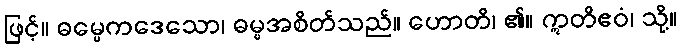
ဖြင့်။ ဓမ္မေကဒေသော၊ ဓမ္မအစိတ်သည်။ ဟောတိ၊ ၏။ ဣတိဧဝံ၊ သို့။